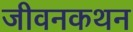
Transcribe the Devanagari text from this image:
जीवनकथन